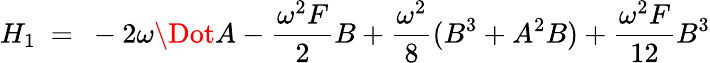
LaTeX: H_{1}\ =\ -2\omega\Dot{A}-\frac{\omega^{2}F}{2}B+\frac{\omega^{2}}{8}(B^{3}+A^{2}B)+\frac{\omega^{2}F}{12}B^{3}